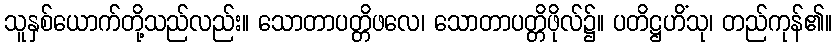
သူနှစ်ယောက်တို့သည်လည်း။ သောတာပတ္တိဖလေ၊ သောတာပတ္တိဖိုလ်၌။ ပတိဋ္ဌဟိံသု၊ တည်ကုန်၏။